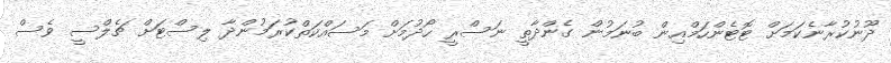
ދޫނުކުރާނެކަމަށް ޓޮޓެންހަމްއިން ބުނަމުން ގެންދާތީ ނަސްރީ ހޯދުމަށް މަސައްކަތްކުރަމުންދާ ލިސްޓަށް ޗެލްސީ ވެސް